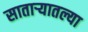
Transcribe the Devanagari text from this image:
सातार्‍यातल्या